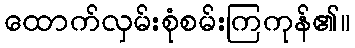
ထောက်လှမ်းစုံစမ်းကြကုန်၏။